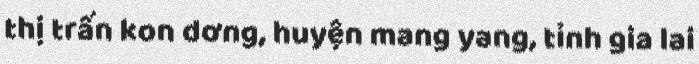
thị trấn kon dơng, huyện mang yang, tỉnh gia lai